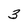
Character: 3